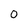
Character: 0